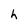
Character: h